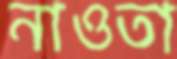
নাওতা